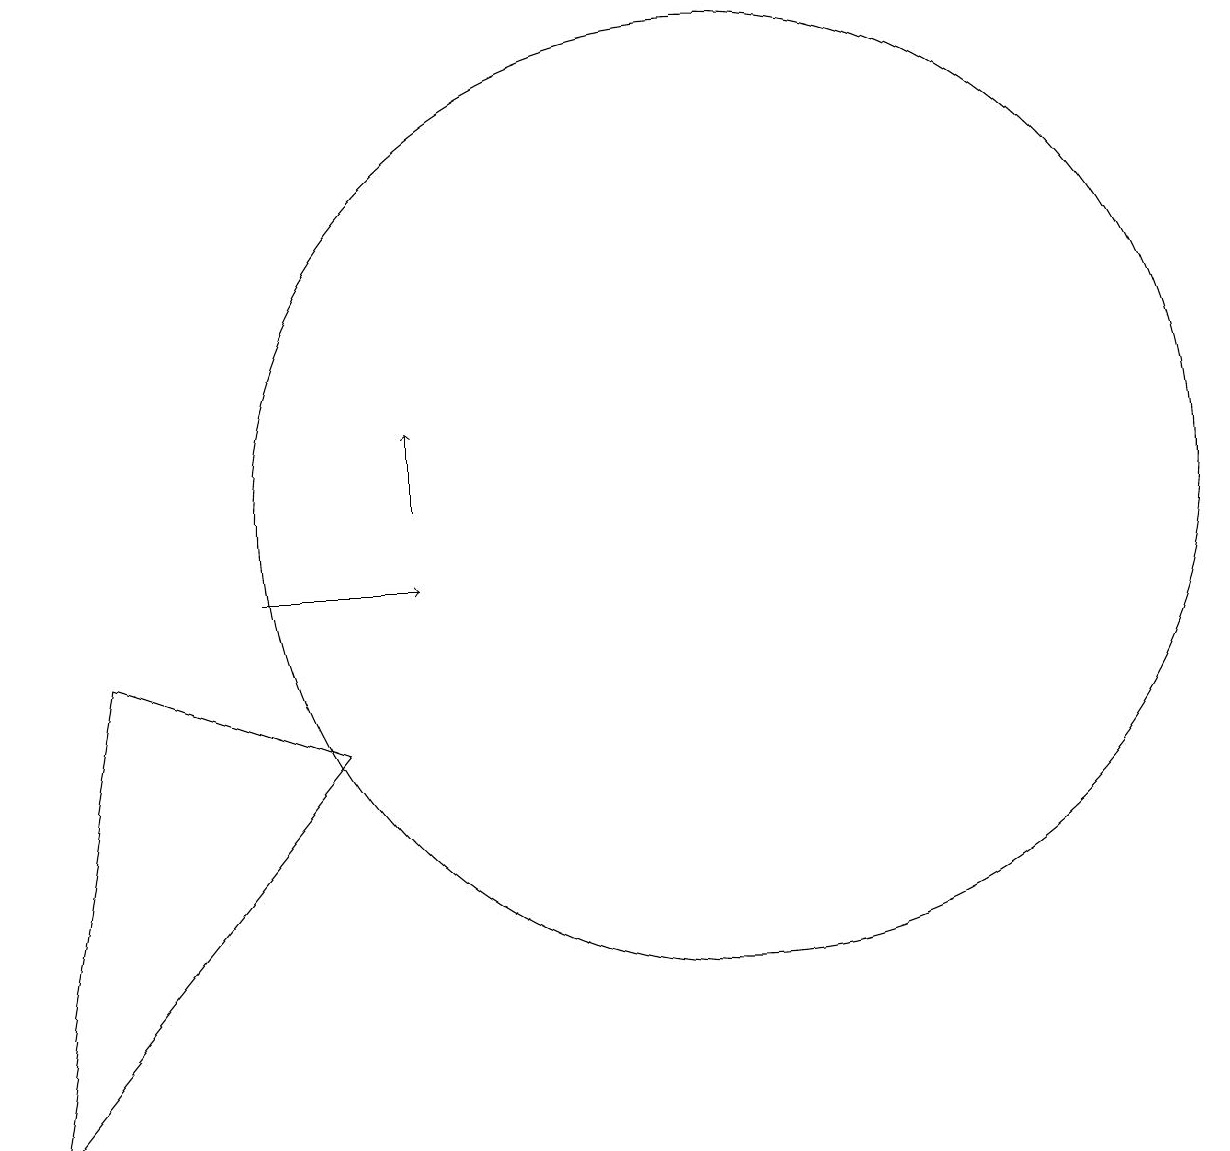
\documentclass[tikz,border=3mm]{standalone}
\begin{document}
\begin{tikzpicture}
\draw[->] (5,10) -- (7,10);
\draw (11,11) circle (6);
\draw[->] (7,11) -- (7,12);
\draw (2,3) -- (6,8) -- (3,9) -- cycle;
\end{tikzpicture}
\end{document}